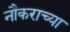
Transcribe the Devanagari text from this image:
नौकराच्या